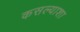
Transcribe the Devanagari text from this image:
कसल्याशा